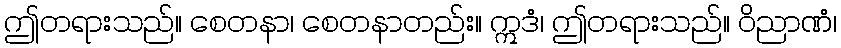
ဤတရားသည်။ စေတနာ၊ စေတနာတည်း။ ဣဒံ၊ ဤတရားသည်။ ဝိညာဏံ၊